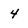
Character: 4